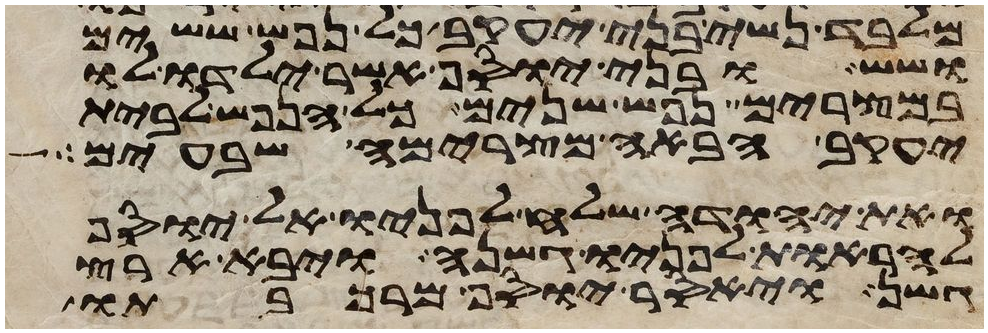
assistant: מלבד נשי בני יעקב כל נפש ששים
ושש ובני יוסף אשר ילדו לו
במצרים נפש שנים כל הנפש לבית
יעקב הבאה מצרימה שבעים
ואת יהודה שלח לפניו אל יוסף
להראות לפניו גשנה ויבא ארץ
גשן ויאסר יוסף מרכבתו